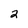
Character: 2